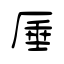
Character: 厜